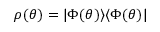
\rho ( \theta ) = | \Phi ( \theta ) \rangle \langle \Phi ( \theta ) |